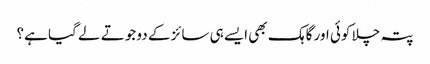
پتہ چلا کوئی اور گاہک بھی ایسے ہی سائز کے دو جوتے لے گیا ہے؟